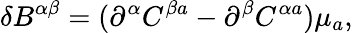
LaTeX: \delta B^{\alpha\beta}=(\partial^{\alpha}C^{\beta a}-\partial^{\beta}C^{\alpha a})\mu_{a},